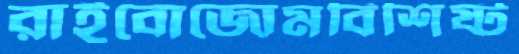
রাইবোজোমবিশিষ্ট